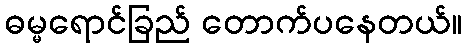
ဓမ္မရောင်ခြည် တောက်ပနေတယ်။